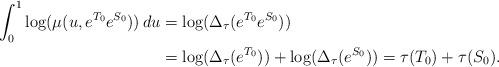
LaTeX: \begin{align*}\int_0^1\log(\mu(u,e^{T_0}e^{S_0}))\,du&=\log(\Delta_\tau(e^{T_0}e^{S_0})) \\&=\log(\Delta_\tau(e^{T_0}))+\log(\Delta_\tau(e^{S_0}))=\tau(T_0)+\tau(S_0).\end{align*}